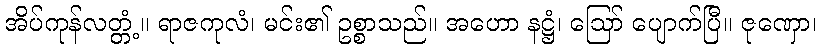
အိပ်ကုန်လတ္တံ့။ ရာဇကုလံ၊ မင်း၏ ဥစ္စာသည်။ အဟော နဋ္ဌံ၊ ဩော် ပျောက်ပြီ။ ဇုဏှော၊